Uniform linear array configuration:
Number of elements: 24
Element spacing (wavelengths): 0.5
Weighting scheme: cosine
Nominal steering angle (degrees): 30
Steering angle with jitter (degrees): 29.297
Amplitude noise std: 0.05
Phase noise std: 0.05

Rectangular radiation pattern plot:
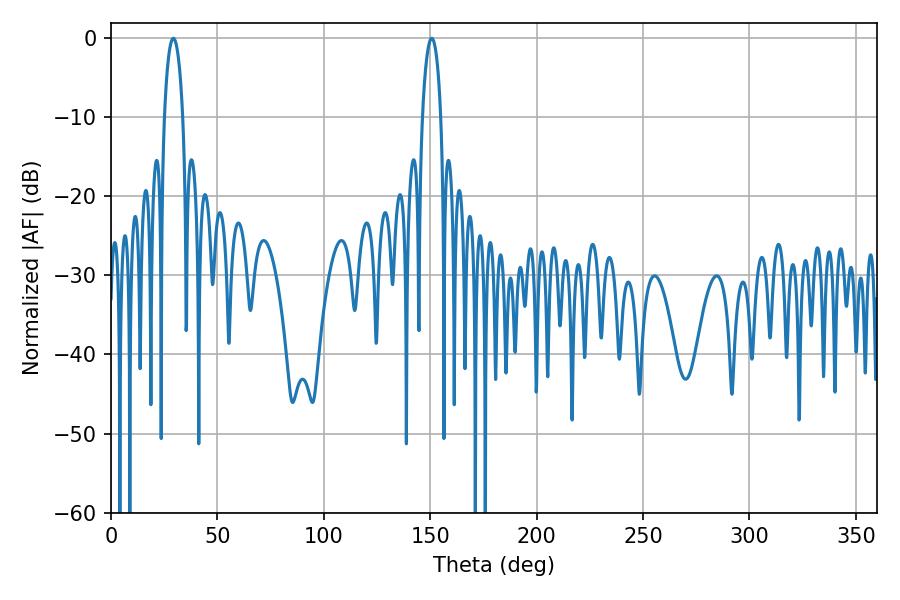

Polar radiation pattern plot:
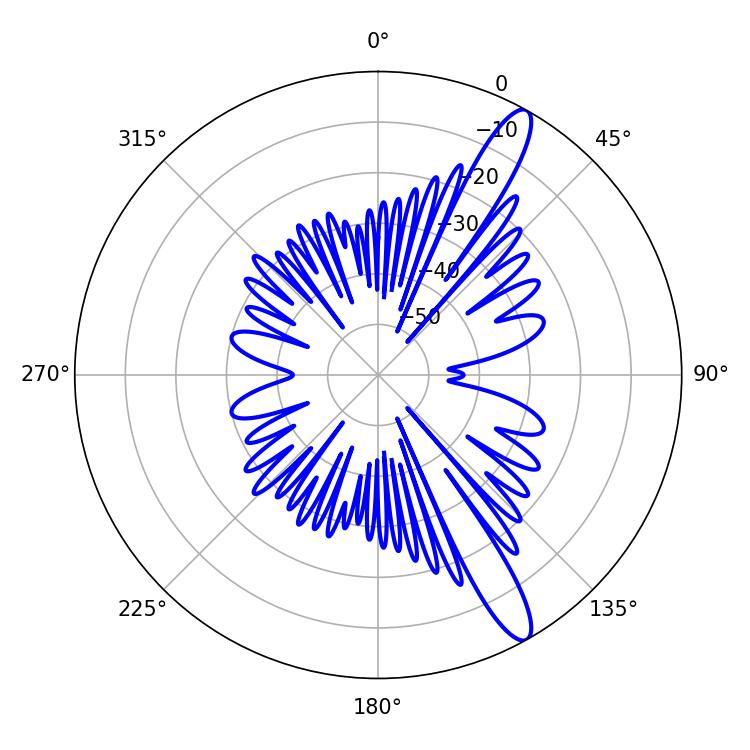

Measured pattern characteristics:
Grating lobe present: FALSE
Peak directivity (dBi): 13.28
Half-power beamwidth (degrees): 5.04
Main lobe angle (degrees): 29.34